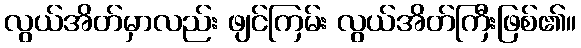
လွယ်အိတ်မှာလည်း ဖျင်ကြမ်း လွယ်အိတ်ကြီးဖြစ်၏။